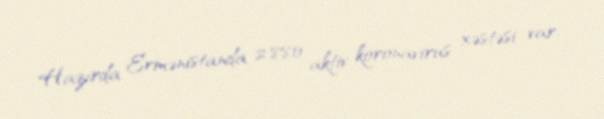
Hazırda Ermənistanda 2 880 aktiv koronavirus xəstəsi var.